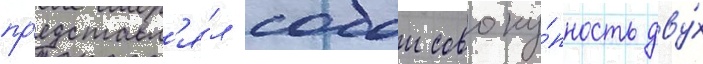
пр'едставл'я́л собои совоку́пность дву́х